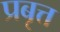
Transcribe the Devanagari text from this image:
प्रबृत्त